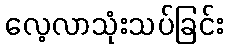
လေ့လာသုံးသပ်ခြင်း